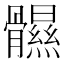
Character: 䯥